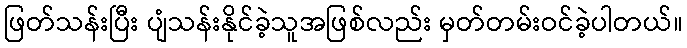
ဖြတ်သန်းပြီး ပျံသန်းနိုင်ခဲ့သူအဖြစ်လည်း မှတ်တမ်းဝင်ခဲ့ပါတယ်။